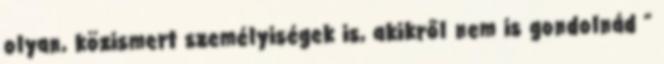
olyan, közismert személyisé­gek is, akikről nem is gondolnád ”